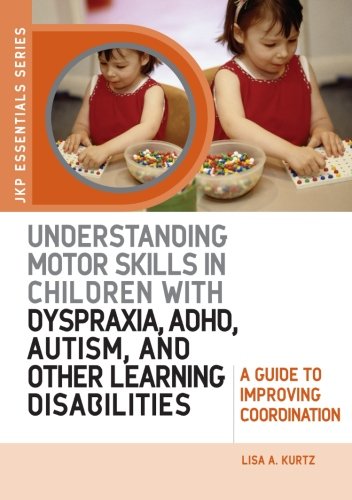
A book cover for Understanding Motor Skills in Children with Dyspraxia, ADHD, Autism, and Other Learning Disabilities: A Guide to Improving Coordination (JKP Essentials Series); Lisa A. Kurtz; Health, Fitness & Dieting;